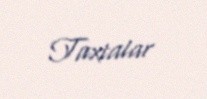
Taxtalar